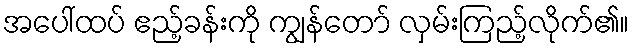
အပေါ်ထပ် ဧည့်ခန်းကို ကျွန်တော် လှမ်းကြည့်လိုက်၏။